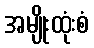
အမျိုးထုံးစံ